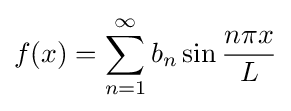
f(x)=\sum _{n=1}^{\infty }b_{n}\sin {\frac {n\pi x}{L}}